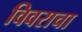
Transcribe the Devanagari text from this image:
विवराचा